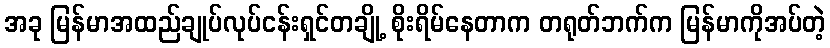
အခု မြန်မာအထည်ချုပ်လုပ်ငန်းရှင်တချို့ စိုးရိမ်နေတာက တရုတ်ဘက်က မြန်မာကိုအပ်တဲ့